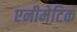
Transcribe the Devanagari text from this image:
एनीमेटिक